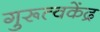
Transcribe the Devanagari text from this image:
गुरूत्वकेंद्र